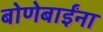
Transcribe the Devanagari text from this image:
बोणेबाईंना